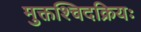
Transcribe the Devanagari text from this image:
मुक्तश्चिदक्रियः